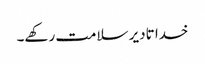
خدا تادیر سلامت رکھے۔